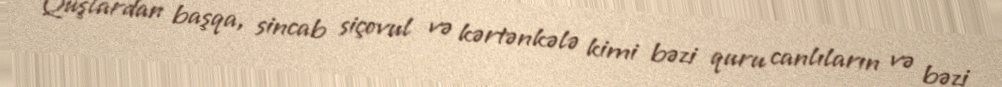
Quşlardan başqa, sincab siçovul və kərtənkələ kimi bəzi quru canlıların və bəzi